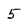
Character: 5